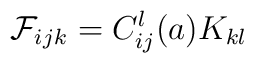
\mathcal{F}_{i}{}_{jk}=C_{ij}^{l}(a)K_{kl}